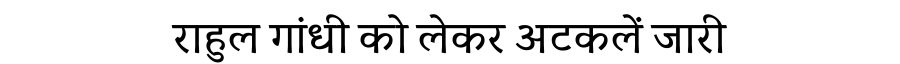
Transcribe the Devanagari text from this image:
राहुल गांधी को लेकर अटकलें जारी